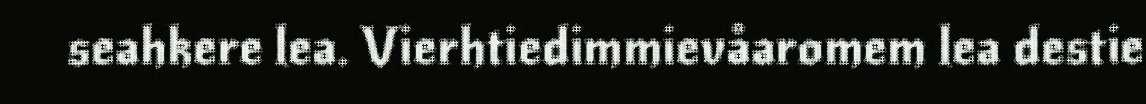
seahkere lea. Vierhtiedimmievåaromem lea destie